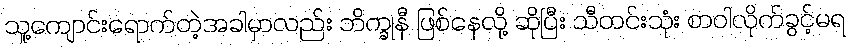
သူ့ကျောင်းရောက်တဲ့အခါမှာလည်း ဘိက္ခုနီ ဖြစ်နေလို့ ဆိုပြီး သီတင်းသုံး စာဝါလိုက်ခွင့်မရ